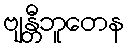
ဗျန္တီဘူတေန